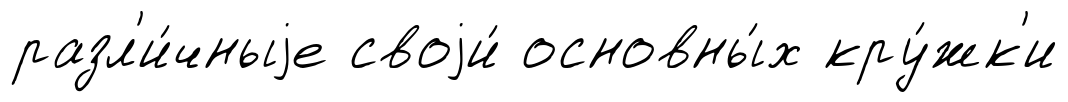
разл'и́чныjе своjи́ основны́х кру́жк'и